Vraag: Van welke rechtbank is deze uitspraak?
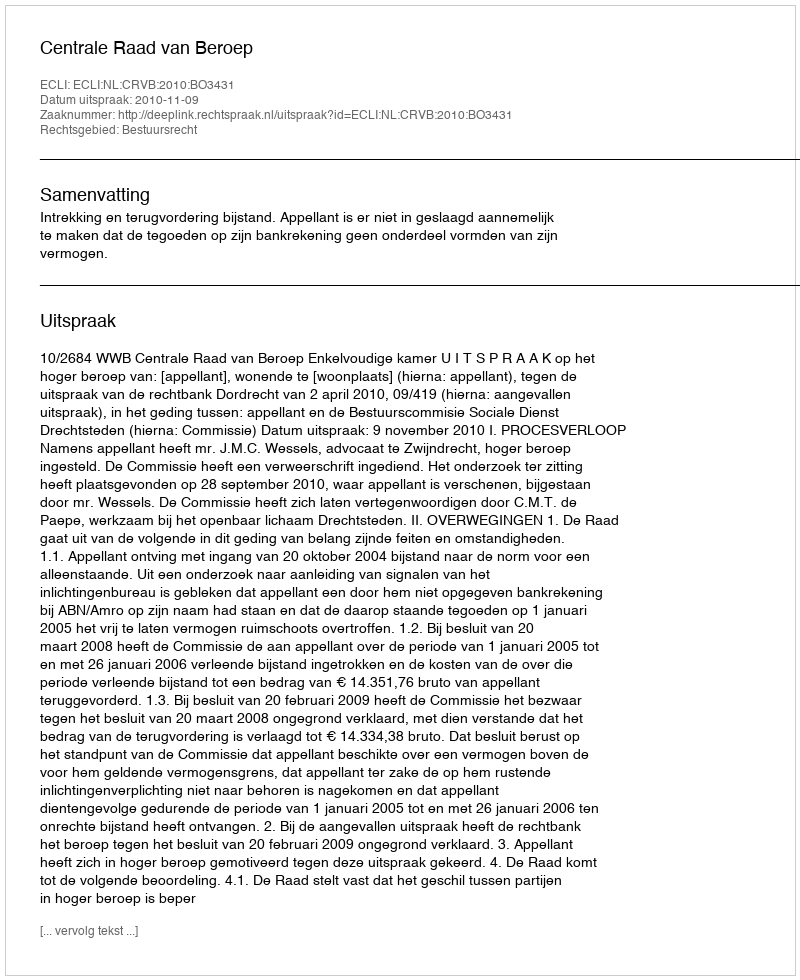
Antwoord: Centrale Raad van Beroep